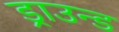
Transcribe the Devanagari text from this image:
ड्राउन्ड